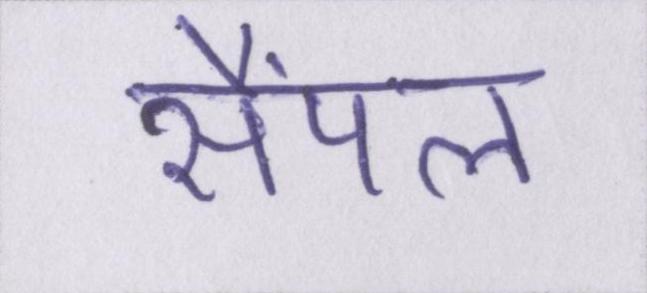
सैंपल